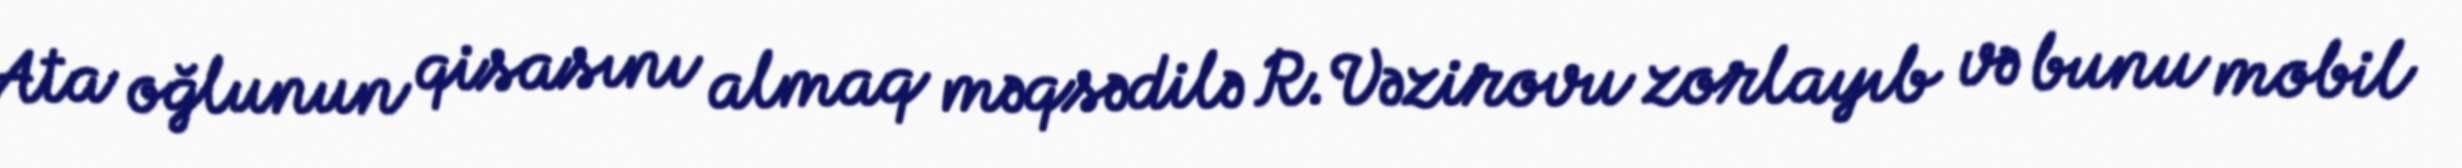
Ata oğlunun qisasını almaq məqsədilə R.Vəzirovu zorlayıb və bunu mobil